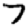
Digit: 7